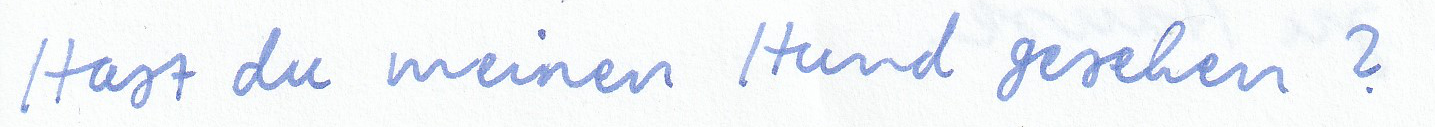
Hast du meinen Hund gesehen?